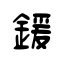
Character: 鍰